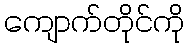
ကျောက်တိုင်ကို